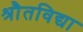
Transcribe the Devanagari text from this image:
श्रौतविद्या